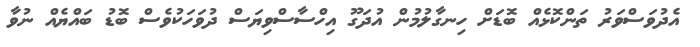
އެދުވަސްވަރު ތަންކޮޅެއް ބޮޑަށް ހިނގާލުމުން އުދަގޫ އިހްސާސްވިޔަސް ދުވަހަކުވެސް ބޮޑު ބައްޔެއް ނުވާ